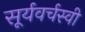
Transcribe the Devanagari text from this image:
सूर्यवर्चस्वी